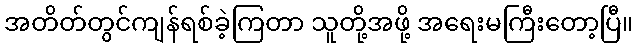
အတိတ်တွင်ကျန်ရစ်ခဲ့ကြတာ သူတို့အဖို့ အရေးမကြီးတော့ပြီ။